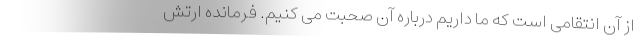
از آن انتقامی است که ما داریم درباره آن صحبت می کنیم. فرمانده ارتش